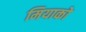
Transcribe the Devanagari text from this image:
मियाको